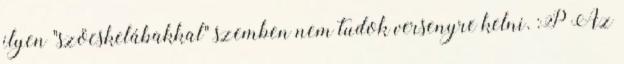
ilyen "szöcskelábakkal" szemben nem tudok versenyre kelni. :P Az